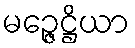
မဉ္ဇေဋ္ဌိယာ